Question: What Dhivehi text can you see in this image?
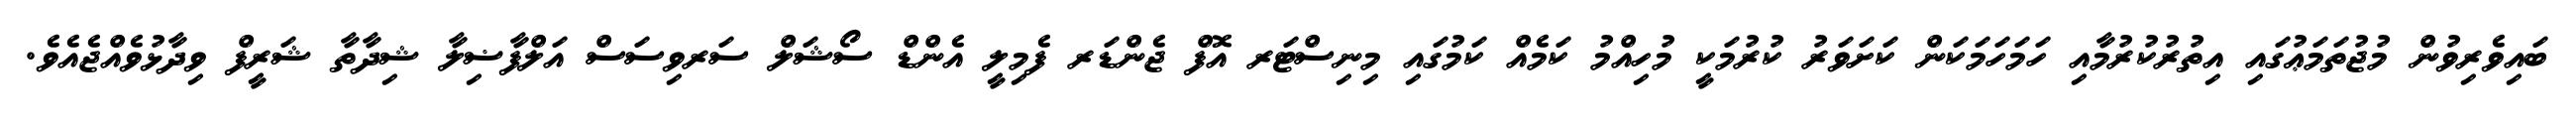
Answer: ބައިވެރިވުން މުޖުތަމަޢުގައި އިތުރުކުރުމާއި ހަމަހަމަކަން ކަށަވަރު ކުރުމަކީ މުހިއްމު ކަމެއް ކަމުގައި މިނިސްޓަރ އޮފް ޖެންޑަރ ފެމިލީ އެންޑް ސޯޝަލް ސަރވިސަސް އަލްފާޟިލާ ޝިދާތާ ޝަރީފް ވިދާޅުވެއްޖެއެވެ.